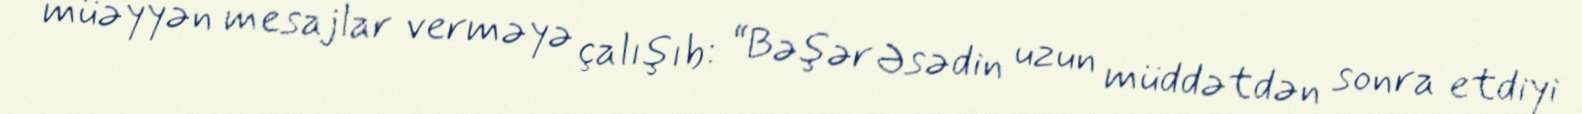
müəyyən mesajlar verməyə çalışıb: “Bəşər Əsədin uzun müddətdən sonra etdiyi